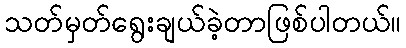
သတ်မှတ်ရွေးချယ်ခဲ့တာဖြစ်ပါတယ်။